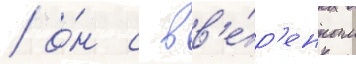
/ о́н с вв'е́р'енным